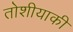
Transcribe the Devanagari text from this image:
तोशीयाकी